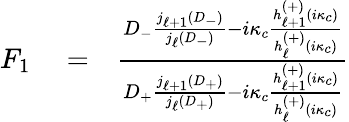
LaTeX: \begin{array}{rlr}{F_{1}}&{{}=}&{\frac{D_{-}\frac{j_{\ell+1}(D_{-})}{j_{\ell}(D_{-})}-i\kappa_{c}\frac{h_{\ell+1}^{(+)}(i\kappa_{c})}{h_{\ell}^{(+)}(i\kappa_{c})}}{D_{+}\frac{j_{\ell+1}(D_{+})}{j_{\ell}(D_{+})}-i\kappa_{c}\frac{h_{\ell+1}^{(+)}(i\kappa_{c})}{h_{\ell}^{(+)}(i\kappa_{c})}}}\end{array}